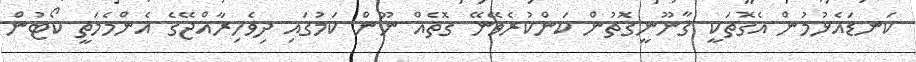
ކަނޑައެޅުމުން އެގޮތަކީ ޤާނޫނީގޮތުން ކަންކުރެވޭނޭ ގޮތެއް ނޫން ކަމުގައި ދިވެހިރާއްޖޭގެ އެންމެމަތީ ކޯޓުން